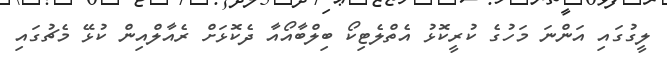
ލީގުގައި އަންނަ މަހުގެ ކުރީކޮޅު އެތްލެޓިކޯ ބިލްބާއޯއާ ދެކޮޅަށް ރެއާލްއިން ކުޅޭ މެޗުގައި